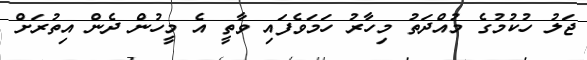
ޖަލު ހުކުމުގެ މުއްދަތު މިހާރު ހަމަވެފައި ވާތީ އެ މީހުން ދެން އިތުރަށް